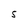
Character: S